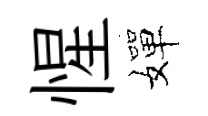
惺嬋